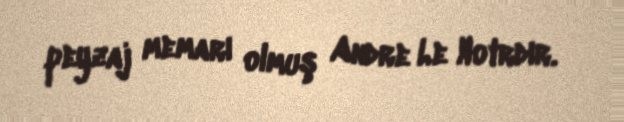
peyzaj memarı olmuş Andre Le Notrdır.